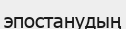
эпостанудың